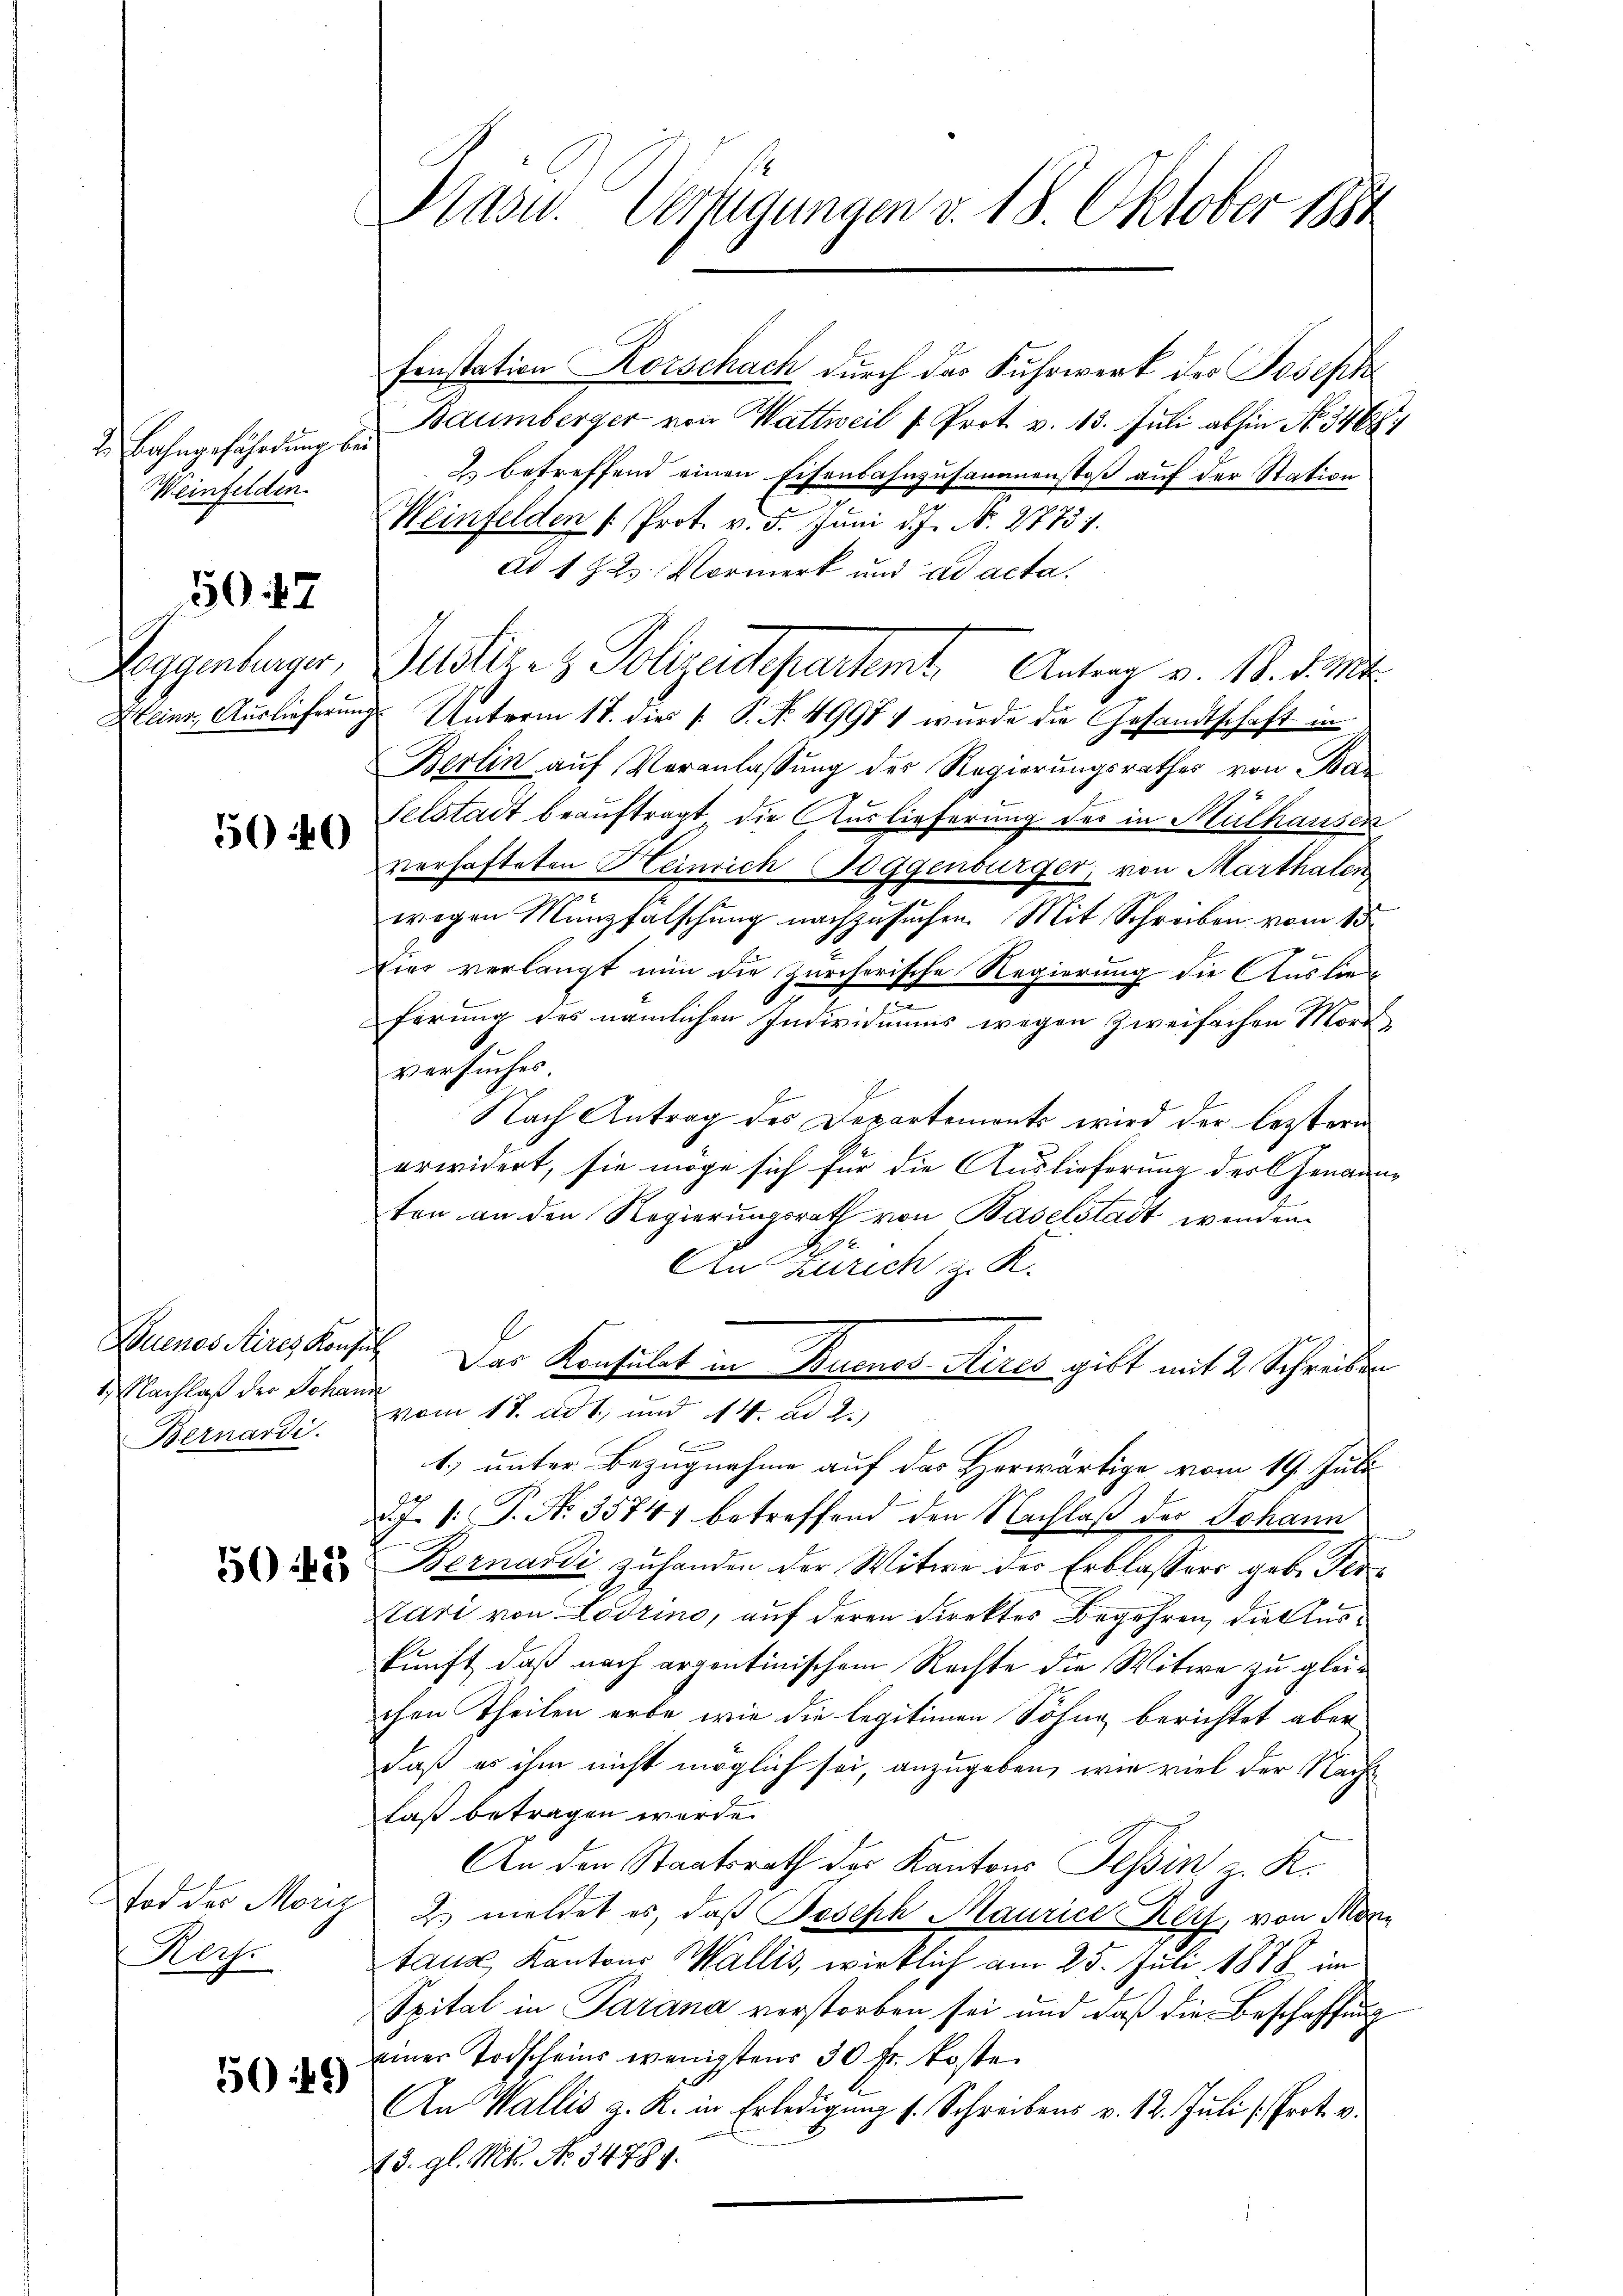
Bahngeführung bei
Weinfelden.

3047

Zeggenburger,
Heinr, Auslieferung

50 40

1 Nachlaß der Schande
Bernardi.

Tod der Moriz
Hof.

5049

s

Pasu. Verfügungen v. 18. Oktober 1884

Fenstation Korschach durch das Fuhrwerk des Joseph
Baumberger von Wattweil v. Prot. v. 13. Juli abhin No. 346
2 betreffend einen Eisenbahnzusammenstoß auf der Station
Weinfelden /: Prot. v. 5. Juni d. J. N. 27751.
Ad 1823. Vormerk und ad acta.
Mttl. z. Polizeidepartemt. Antrag v. 18. d. M.
Unterm 18. die P. P. Nr. 4998) wurde die Gesandtschaft in
Berlin auf Veranlassung des Regierungsrathes von Bai
telstadt beauftragt, die Auslieferung des in Mülhausen
verhafteten Heinrich Toggenbürger, von Marthaten
wogen Münzfälschung nachzusuchen. Mit Schreiben vom 15.
tier verlangt nun die Zürcherische Regierung die Auslieferung des nämlichen Individuums wegen zweifachen Mord
versuches.
Nach Antrag des Departements wird der leztern
erwidert, sie möge sich für die Auslieferung der Genannten an den Regierungsrath von Baselstadt wenden.
1
An Zürich z. K.
Buenos Aires hinsich Das Konsulat in Buenos Aires gibt mit 2 Schreiben
vom 18. ad 1., und 14. ad 2.)
b
1) unter Bezugnahme auf das Herwärtige vom 19. Juli
J. V. P. Nr. 35747 betreffend den Nachlaß des Johann
 Bernardi zŭ handen der Witwe der Erblassers geb. Per¬
Kari von Lodrino, auf deren Direktes Begehren, die Auskunft, daß nach argentinischem Rechte die Witwe zu gleichen Theilen erbe wie die legitimen Söhne berichtet aber
daß es ihm nicht möglich sei, anzugeben, wie viel der Nachlaß betragen werde.
An den Staatsrath der Kantons Tessin, z. K.
2. meldet es, daß Joseph Maurice Reis, von Monn
taus Kantons Wallis, wirklich am 25. Juli 1878 im
Spital in Parana verstorben sei und daß die Beschaffung
einer Todscheins wenigstens 30 fr. koste
An Wallis z. K. in Erledigung s. Schreibens v. 12. Juli l. Prot. v.
13. gl. Mts. No 34784.